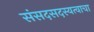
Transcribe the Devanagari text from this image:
संसदसदस्यत्वाचा